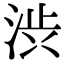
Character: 渋